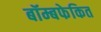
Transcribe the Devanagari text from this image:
बॉम्बफेकित